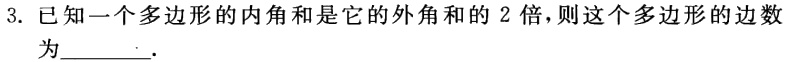
3. 已知一个多边形的内角和是它的外角和的 2 倍，则这个多边形的边数为______.